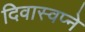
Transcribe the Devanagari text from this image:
दिवास्वप्ने